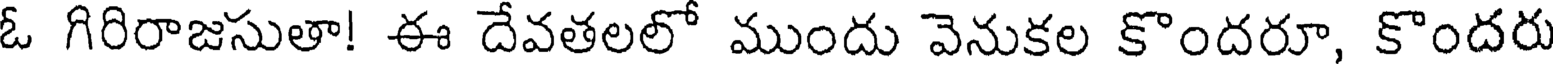
ఓ గిరిరాజసుతా! ఈ దేవతలలో ముందు వెనుకల కొందరూ, కొందరు